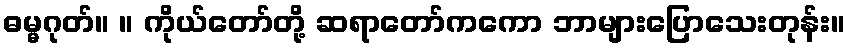
ဓမ္မဂုတ်။ ။ ကိုယ်တော်တို့ ဆရာတော်ကကော ဘာများပြောသေးတုန်း။